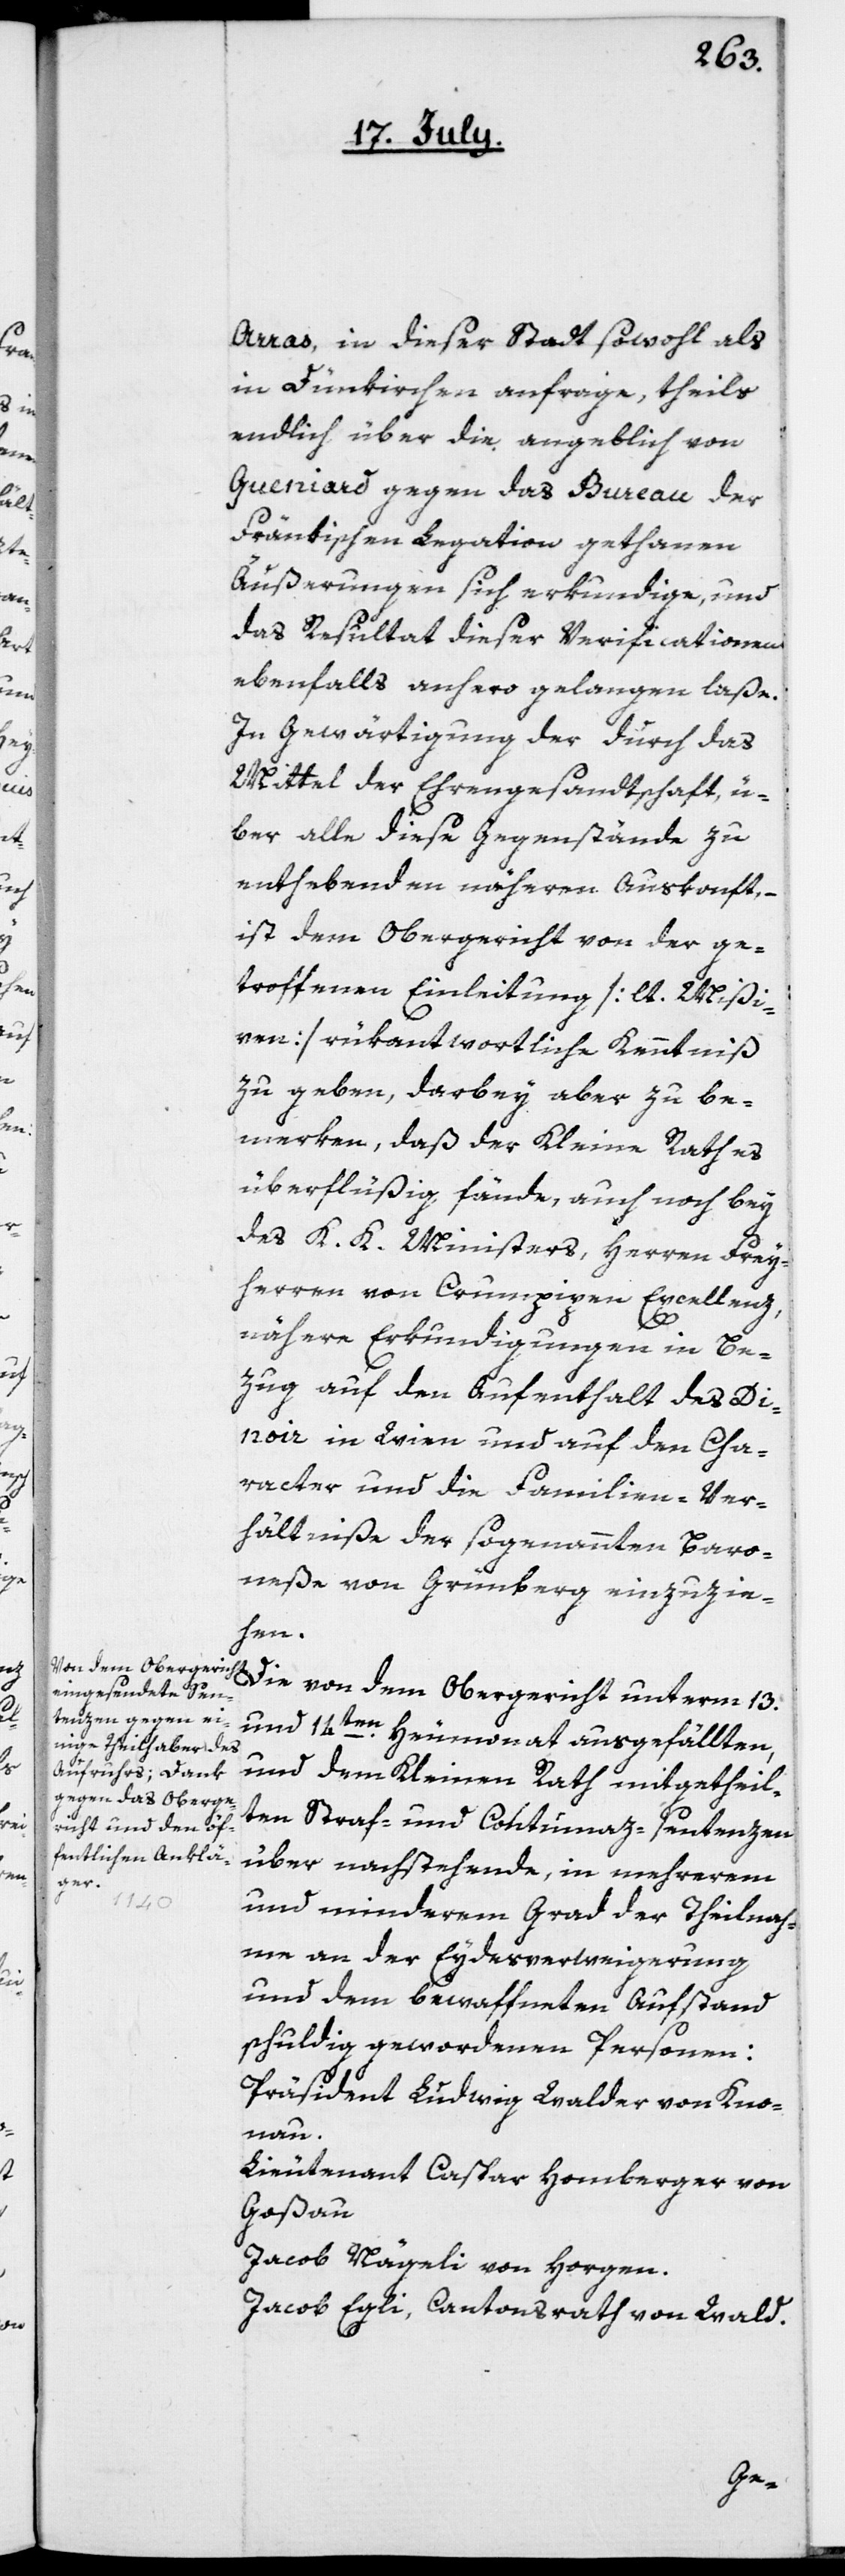
Arras, in dieser Stadt sowohl als
in Dünkirchen anfrage, theils
endlich über die angeblich von
Gueniard gegen das Bureau der
Fränkischen Legation gethanen
Äußerungen sich erkundige, und
das Resultat dieser Verificationen
ebenfalls anhero gelangen laße.
In Gewärtigung der durch das
Mittel der Ehrengesandtschaft, ü¬
ber alle diese Gegenstände zu
enthebenden näheren Auskonft, –
ist dem Obergericht von der ge¬
troffenen Einleitung [lt. Mißi¬
ven] rükantwortliche Kenntniß
zu geben, darbey aber zu be¬
merken, daß der Kleine Rath es
überflüßig fände, auch noch bey
des K. K. Ministers, Herren Frey¬
herren von Crumpipen Excellenz,
au.
nähere Erkundigungen in Be¬
zug auf den Aufenthalt des Di¬
noir in Wien und auf den Cha¬
racter und die Familien-Ver¬
hältniße der sogenannten Baro¬
neße von Grünberg einzuzie¬
hen.
Die von dem Obergericht unterm 13.
und 14ten Heumonat ausgefällten,
und dem Kleinen Rath mitgetheil¬
ten Straf- und Contumaz-Sentenzen
über nachstehende, in mehrerem
und minderem Grad der Theilnah¬
me an der Eydsverweigerung
und dem bewaffneten Aufstand
schuldig gewordenen Personen:
Präsident Ludwig Walder von Knon¬
Lieutenant Caspar Homberger von
Goßau
Jacob Nägeli von Horgen.
Jacob Egli, Cantonsrath von Wald.